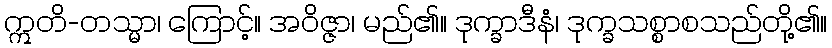
ဣတိ-တသ္မာ၊ ကြောင့်။ အဝိဇ္ဇာ၊ မည်၏။ ဒုက္ခာဒီနံ၊ ဒုက္ခသစ္စာစသည်တို့၏။